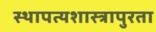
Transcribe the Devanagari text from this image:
स्थापत्यशास्त्रापुरता